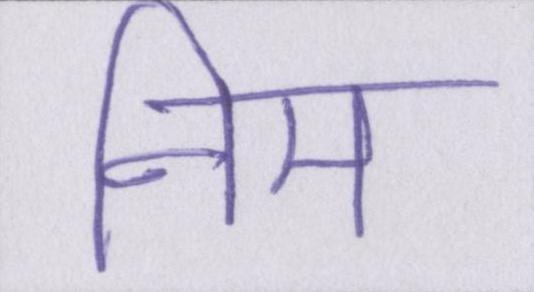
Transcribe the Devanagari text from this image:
नीम